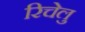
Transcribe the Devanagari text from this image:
रिचेलु